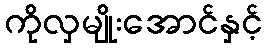
ကိုလှမျိုးအောင်နှင့်